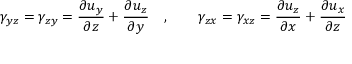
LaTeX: \gamma _ { y z } = \gamma _ { z y } = { \frac { \partial u _ { y } } { \partial z } } + { \frac { \partial u _ { z } } { \partial y } } \quad , \qquad \gamma _ { z x } = \gamma _ { x z } = { \frac { \partial u _ { z } } { \partial x } } + { \frac { \partial u _ { x } } { \partial z } } \,